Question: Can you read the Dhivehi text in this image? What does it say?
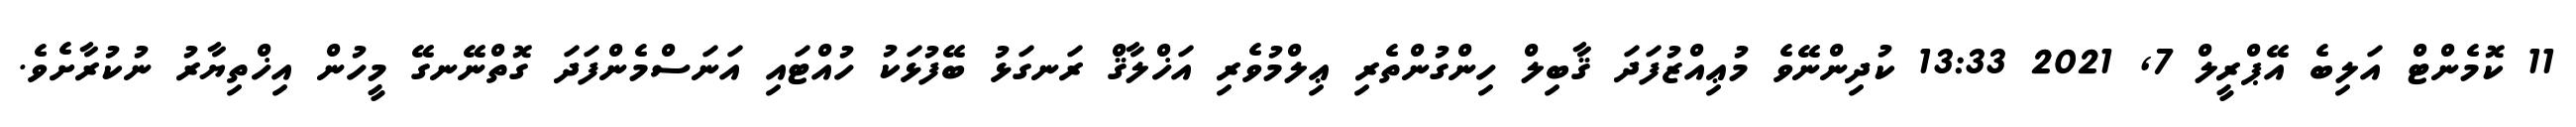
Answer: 11 ކޮމެންޓް އަލިބެ އޭޕްރީލް 7, 2021 13:33 ކުދިންނޭވެ މުޢިއްޒުފަދަ ޤާބިލް ހިންގުންތެރި ޢިލްމުވެރި އަޚްލާޤް ރަނގަޅު ބޭފުޅަކު ހުއްޓައި އަނަސްމެންފަދަ ގޮތްނޭނގޭ މީހުން އިޚްތިޔާރު ނުކުރާށެވެ.